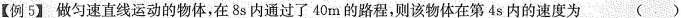
【例5】做匀速直线运动的物体，在8s内通过了40m的路程，则该物体在第4s内的速度为( )